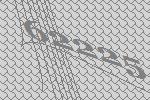
62225